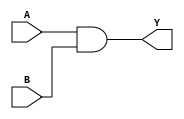
module continuous_assignment(
    input wire A, B,
    output wire Y
);

assign Y = A & B;

endmodule